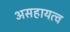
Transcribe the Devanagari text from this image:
असहायत्व